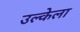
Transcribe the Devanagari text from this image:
उल्केला